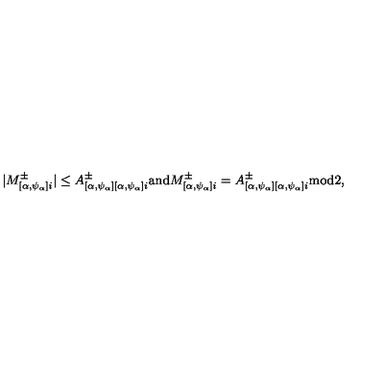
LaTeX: | M _ { [ \alpha , \psi _ { \alpha } ] i } ^ { \pm } | \leq A _ { [ \alpha , \psi _ { \alpha } ] [ \alpha , \psi _ { \alpha } ] i } ^ { \pm } \mathrm { a n d } M _ { [ \alpha , \psi _ { \alpha } ] i } ^ { \pm } = A _ { [ \alpha , \psi _ { \alpha } ] [ \alpha , \psi _ { \alpha } ] i } ^ { \pm } \mathrm { m o d } 2 ,